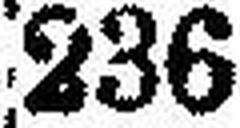
236